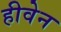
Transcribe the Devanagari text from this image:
हीवेन